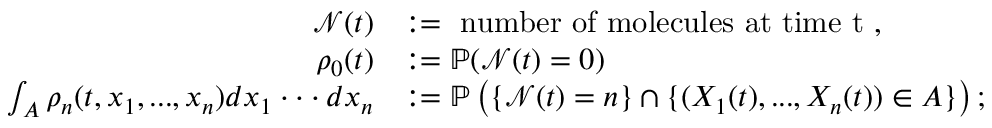
\begin{array} { r l } { \mathcal { N } ( t ) } & { : = \mathrm { ~ n u m b e r ~ o f ~ m o l e c u l e s ~ a t ~ t i m e ~ t ~ } , } \\ { \rho _ { 0 } ( t ) } & { : = \mathbb { P } ( \mathcal { N } ( t ) = 0 ) } \\ { \int _ { A } \rho _ { n } ( t , x _ { 1 } , . . . , x _ { n } ) d x _ { 1 } \cdot \cdot \cdot d x _ { n } } & { : = \mathbb { P } \left( \{ \mathcal { N } ( t ) = n \} \cap \{ ( X _ { 1 } ( t ) , . . . , X _ { n } ( t ) ) \in A \} \right) ; } \end{array}